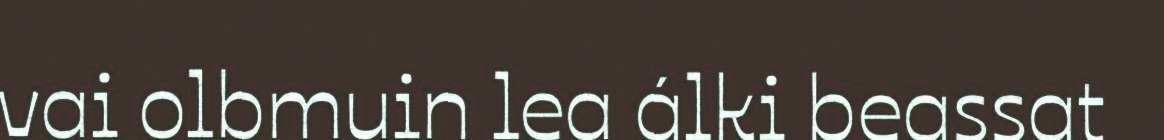
vai olbmuin lea álki beassat